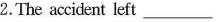
2.The accident left_________